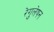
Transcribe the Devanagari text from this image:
रेगुलेषन